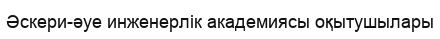
Әскери-әуе инженерлік академиясы оқытушылары